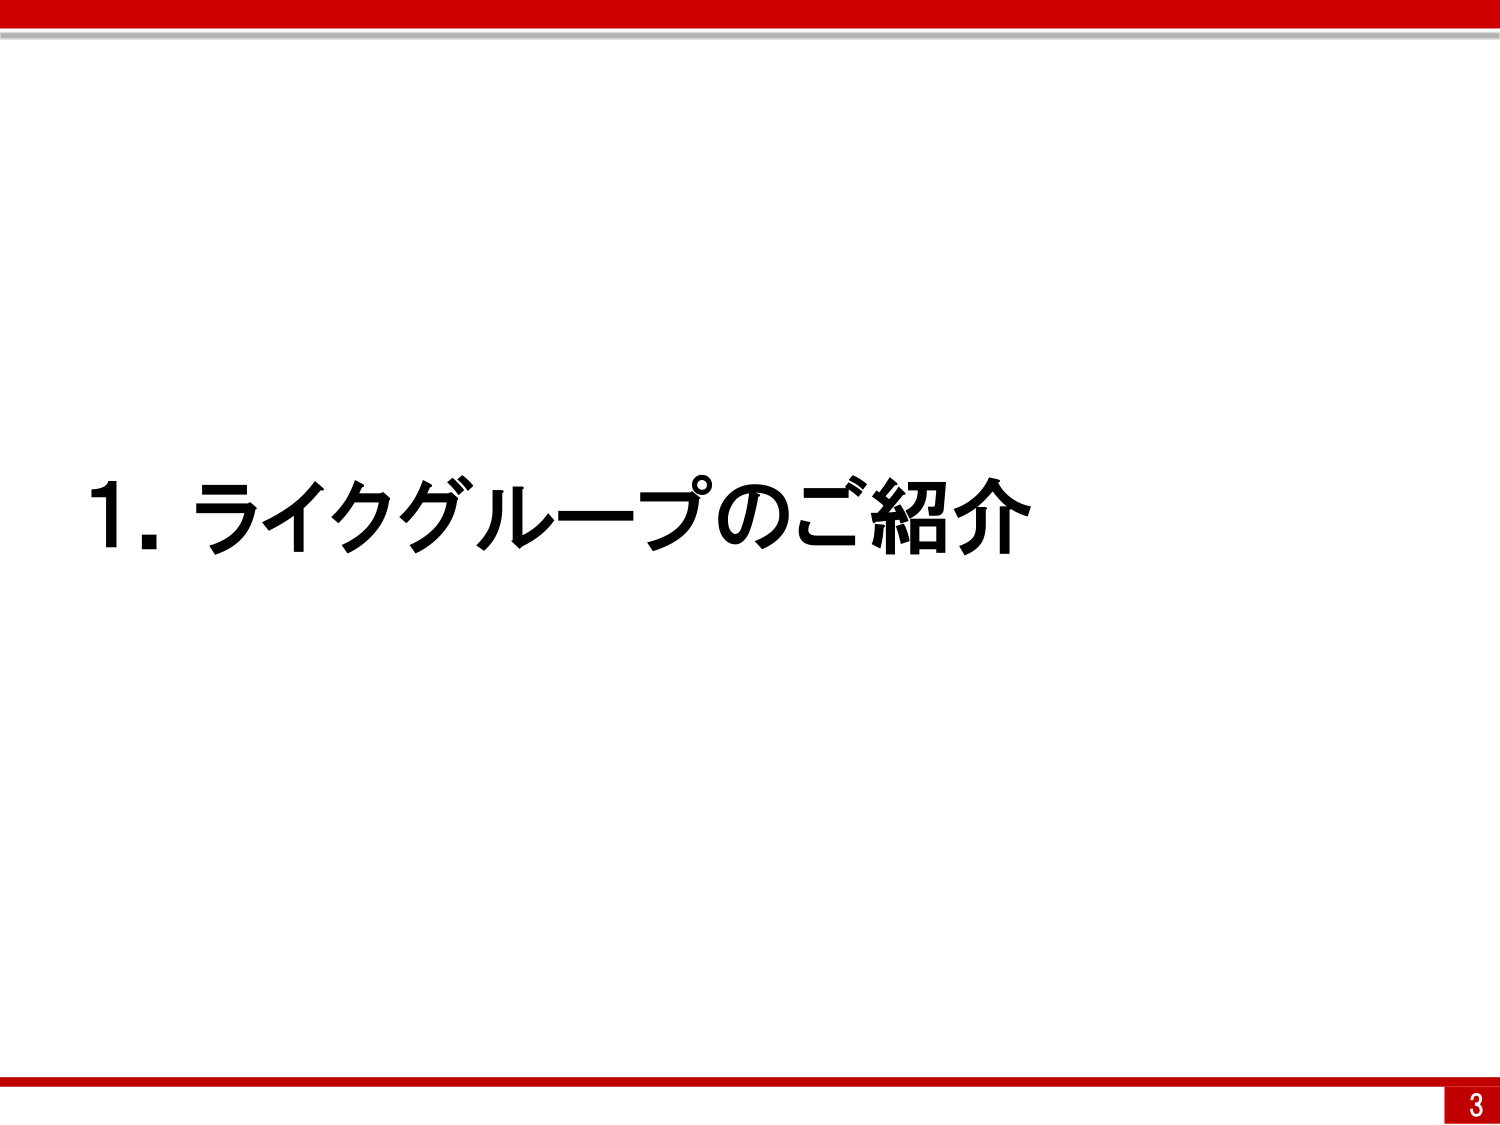
1. ライクグループのご紹介
3